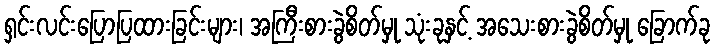
ရှင်းလင်းပြောပြထားခြင်းများ၊ အကြီးစားခွဲစိတ်မှု သုံးခုနှင့် အသေးစားခွဲစိတ်မှု ခြောက်ခု